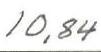
10,84